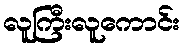
လူကြီးလူကောင်း